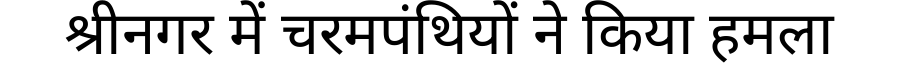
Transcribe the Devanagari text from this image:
श्रीनगर में चरमपंथियों ने किया हमला